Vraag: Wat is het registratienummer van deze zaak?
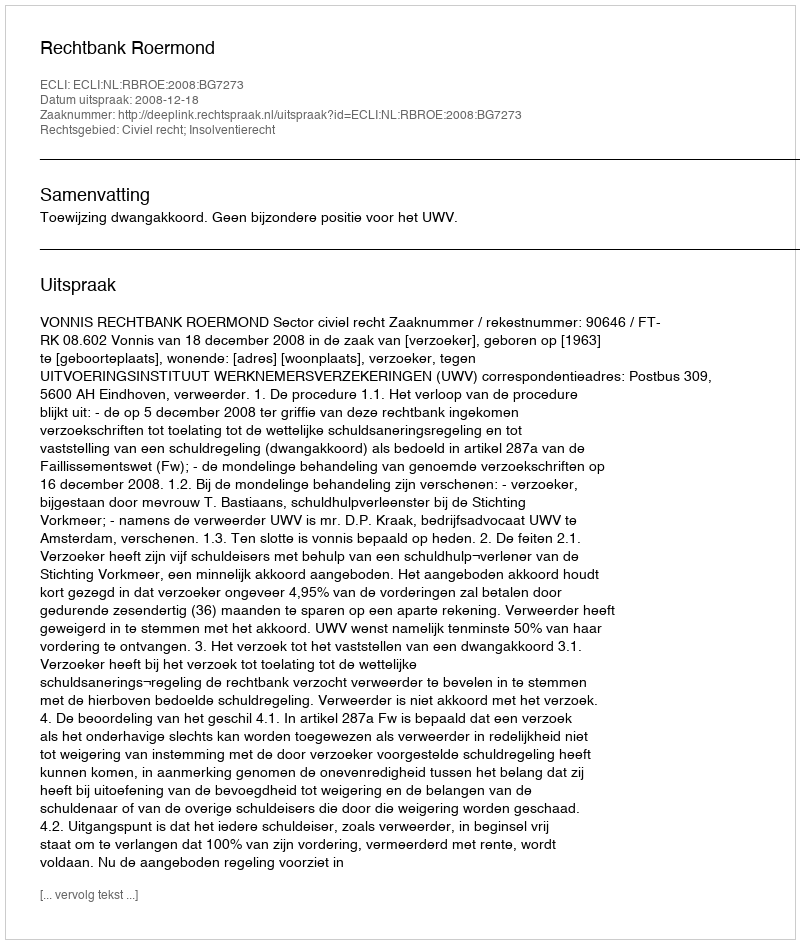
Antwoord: http://deeplink.rechtspraak.nl/uitspraak?id=ECLI:NL:RBROE:2008:BG7273